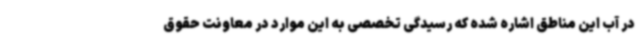
در آب این مناطق اشاره شده که رسیدگی تخصصی به این موارد در معاونت حقوق